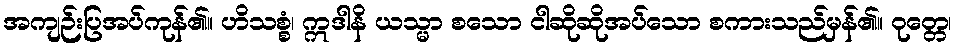
အကျဉ်းပြအပ်ကုန်၏။ ဟိသစ္စံ၊ ဣဒါနိ ယသ္မာ စသော ငါဆိုဆိုအပ်သော စကားသည်မှန်၏။ ဝုတ္တေ၊